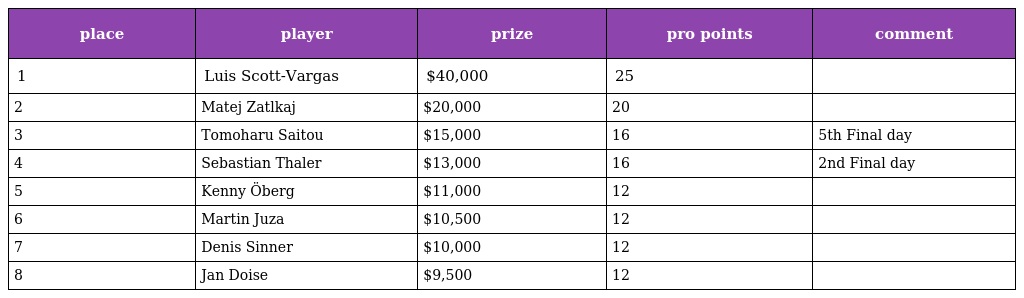
| place | player | prize | pro points | comment |
 | --- | --- | --- | --- | --- |
 | 1 | Luis Scott-Vargas | $40,000 | 25 |  |
 | 2 | Matej Zatlkaj | $20,000 | 20 |  |
 | 3 | Tomoharu Saitou | $15,000 | 16 | 5th Final day |
 | 4 | Sebastian Thaler | $13,000 | 16 | 2nd Final day |
 | 5 | Kenny Öberg | $11,000 | 12 |  |
 | 6 | Martin Juza | $10,500 | 12 |  |
 | 7 | Denis Sinner | $10,000 | 12 |  |
 | 8 | Jan Doise | $9,500 | 12 |  |